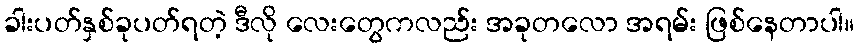
ခါးပတ်နှစ်ခုပတ်ရတဲ့ ဒီလို လေးတွေကလည်း အခုတလော အရမ်း ဖြစ်နေတာပါ။